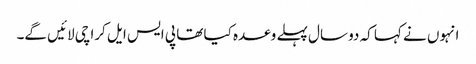
انہوں نے کہا کہ دو سال پہلے وعدہ کیا تھا پی ایس ایل کراچی لائیں گے۔